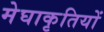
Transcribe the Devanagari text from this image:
मेघाकृतियों